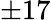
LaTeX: \pm 17